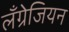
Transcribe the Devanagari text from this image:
लँग्रेजियन